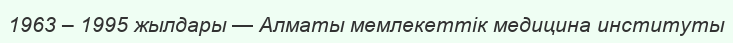
1963 – 1995 жылдары — Алматы мемлекеттік медицина институты